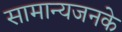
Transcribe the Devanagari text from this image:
सामान्यजनके